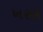
ખરલ